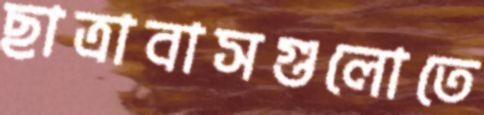
ছাত্রাবাসগুলোতে